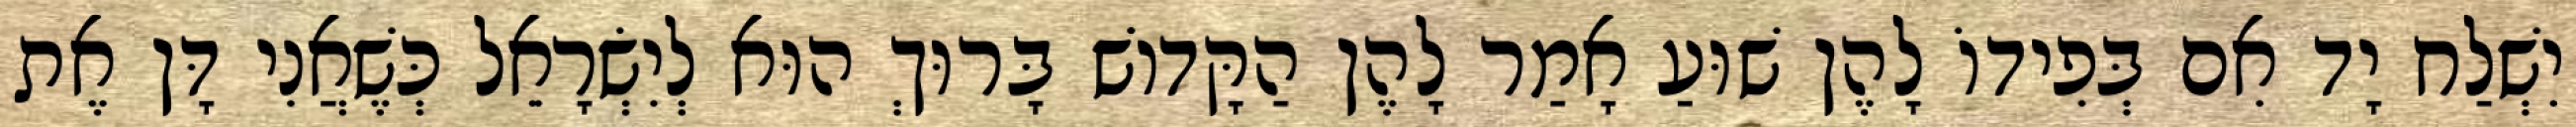
יִשְׁלַח יָד אִם בְּפִידוֹ לָהֶן שׁוּעַ אָמַר לָהֶן הַקָּדוֹשׁ בָּרוּךְ הוּא לְיִשְׂרָאֵל כְּשֶׁאֲנִי דָּן אֶת